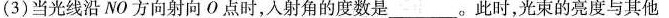
(3)当光线沿NO方向射向О点时，入射角的度数是___。此时，光束的亮度与其他